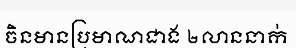
ចិនមានប្រមាណជាង ២លាននាក់